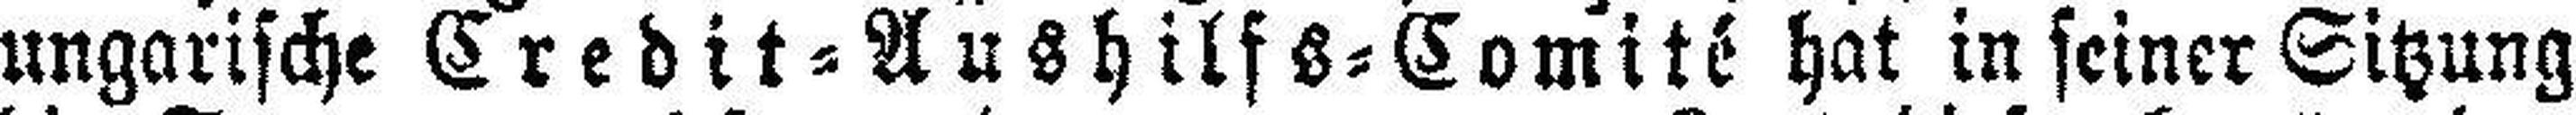
ungarische Credit=Aushilfs=Comité hat in seiner Sitzung